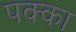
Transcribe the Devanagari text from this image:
पक्‍का